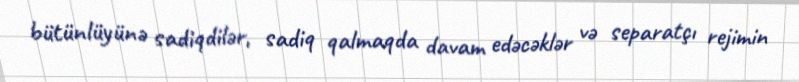
bütünlüyünə sadiqdilər, sadiq qalmaqda davam edəcəklər və separatçı rejimin